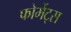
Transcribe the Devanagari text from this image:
फोर्मेट्स